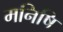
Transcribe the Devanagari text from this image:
मनिषि